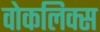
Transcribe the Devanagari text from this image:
वोकलिक्स